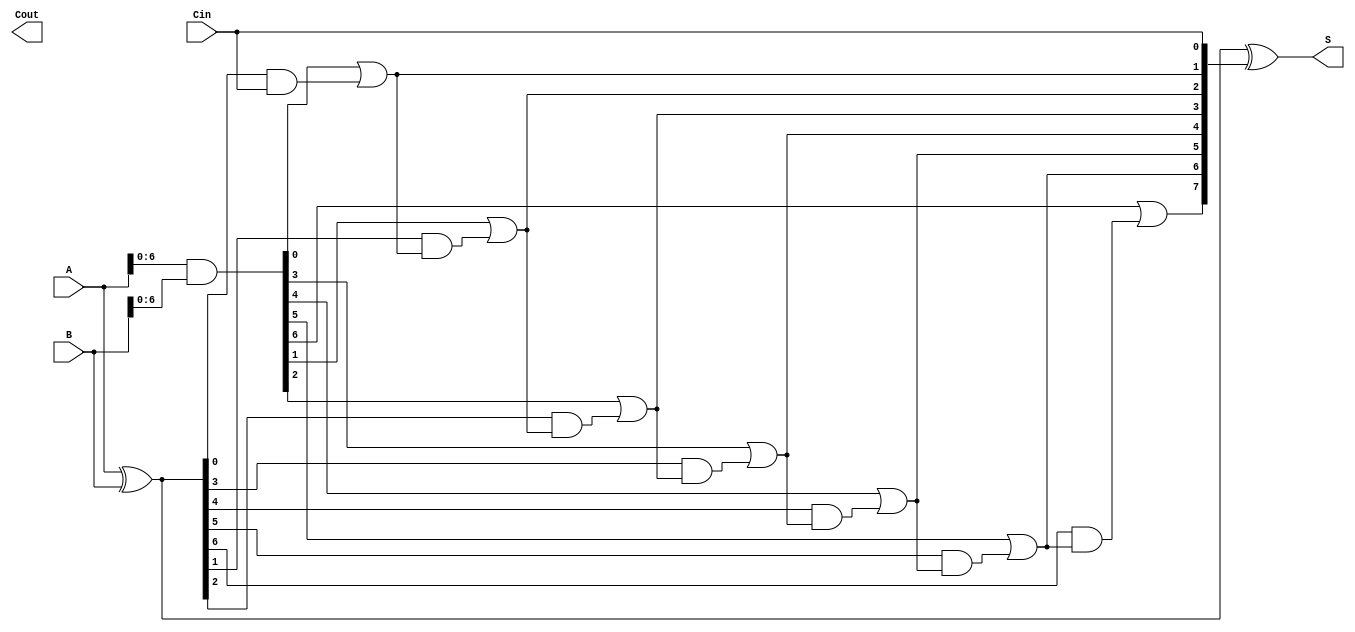
module BrentKungAdder #(parameter N = 8) (
    input  [N-1:0] A,
    input  [N-1:0] B,
    input          Cin,
    output [N-1:0] S,
    output         Cout
);

    // Generate and propagate signals
    wire [N-1:0] G; // Generate
    wire [N-1:0] P; // Propagate
    wire [N:0] C;   // Carry bits

    assign G = A & B; // Generate
    assign P = A ^ B; // Propagate
    assign C[0] = Cin; // Initial carry

    // Carry generation using Brent-Kung structure
    genvar i;
    generate
        for (i = 0; i < N-1; i = i + 1) begin : carry_generation
            if (i == 0) begin
                assign C[i + 1] = G[i] | (P[i] & C[i]);
            end else begin
                assign C[i + 1] = G[i] | (P[i] & C[i]);
            end
        end
    endgenerate

    // Sum computation
    assign S = P ^ C[N-1:0];

    // Final carry out
    assign Cout = C[N];

endmodule